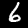
Digit: 6